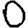
Digit: 0